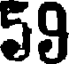
59